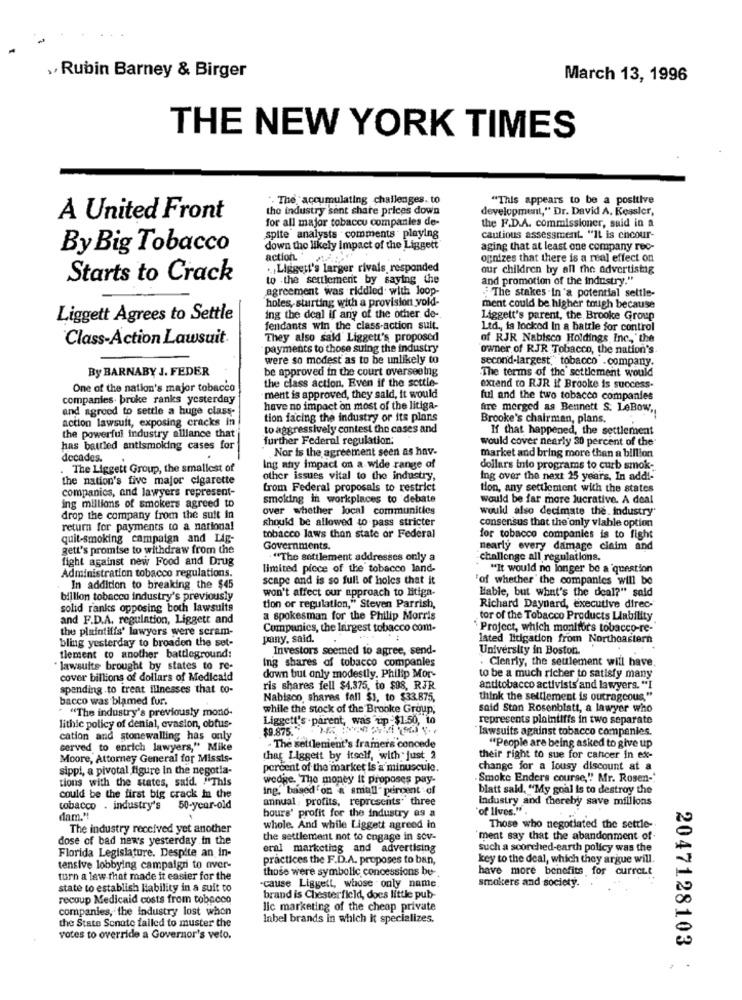
, Rubin Barney & Birger
March 13, 1996
THE NEW YORK TIMES
. The accumulating challenges. to
"This appears to be a positive
the industry sont share prices down
development," Dr. David A, Kessler,
A United Front
for all major tobaccu companies de-
the F.D.A. commissioner, said in a
spite analysts comments playing
cautious assessment. "IL is chcour-
By Big Tobacco
down the likely impact of the Liggett
aging that at least one company rec-
action.
ognizes that there is a real effect on
.Liggett's larger rivals, responded
our children by all the advertising
Starts to Crack
to the settlement by saying the
and promotion of the industry."
agreement was riddled with loop-
."The stakes in "a potential settle-
holes, starting with a provision vold-
ment could be higher tough because
Liggett Agrees to Settle
ing the deal if any of the other do-
Liggett's parent, the Brooke Group
fendants win the class-action suit.
Ltd ., fa locked In a battle for control
Class-Action Lawsuit.
They also said Liggett's proposed
of RJR Nabisco Holdings Inc ., " the
payments to those suing the industry
owner of RJR Tobacco, the nation's.
were so modest as to be unlikely to
second-largest," tobacco . company.
By BARNABY J. FEDER
be approved in the court overseeing
the class action, Even if the settle-
The terms of the settlement would
One of the nation's major tobacco
-ment is approved, they sald, it would
extend to RJR if Brooke is success-
companies. bruke ranks yesterday
ful and the two tobacco companies
and agrood to settle a huge class-
have no impact on most of the litiga-
fire merged as Bennett S. LeBow ,,
action lawsuit, exposing cracks in
tion facing the industry or its plans
Brooke's chairman, plans.
to aggressively contest the cases and
If that happened, the settlement
the powerful industry alllance that'
further Federal regulation:
would cover nearly 30 percent of the
has battled antismoking cases for
Nor is the agreement seen as hav-
decades.
market and bring more than a billion
. The Liggett Group, the smallest of
Ing any impact on a wide range of
dollars inio programs to curb smok-
the nation's five major cigarette
other issues vital to the industry,
ing over the next 25 years, In add !-
companies, and lawyers represent-
from Federal proposals to restrict
tion, any settlement with the states
smoking in workplaces to debate
would be far more lucrative. A deal
ing millions of smokers agreed to
over whether local communities
would also decimate the. industry
drop the company from the suit in
should be allowed to pass stricter
consensus that the only viable option
return for payments to a national
quit-smoking campaign and Lig-
tobacco laws than state or Federal
for tobacco companies is to fight
gett's promise to withdraw from the
Governments.
nearly every damage claim and
fight against new Food and Drug
"The settlement addresses only a
challenge all regulations.
Administration tobacco regulations.
limited piece of the tobacco land-
"It would no longer be a question
scape and is so full of holes that it
of whether the companies will be
In addition to breaking the $45
won't affect our approach to litiga-
Hable, but what's the deal?" said
billion tobacco industry's previously
solid ranks opposing both lawsuits
tion or regulation," Steven Parrish,
Richard Daynard, executive direc-
and F.D.A. regulation, Liggett and
a spokesman for the Philip Morris
tor of the Tobacco Products Liability
the plaintiffs' lawyers were scram-
Companies, the largest tobacco com-
Project, which monitors tobacco-re-
bling yesterday to broaden the set-
pany, said.
lated litigation from Northeastern
Investors seemed to agree, send-
University in Boston.
tlement to another battleground:
Ing shares of tobacco companies
Clearly, the seulement will have.
lawsuits brought by states to re-
cover billions of dollars of Medicald
down but only modestly. Philip Mor-
to be a much richer to satisfy many
spending to treat illnesses that to-
ris shares fell $4.375, to $98, RJR
antitobacco activists and lawyers. "I
bacco was blamed fur.
Nabisco shares fall $1, to $33.875,
think the settlement is outrageous."
* "The industry's previously mono-
while the stock of the Brooke Group,
said Ston Rosenblatt, a lawyer who
Liggett's . parent, was up -$1:50, to
represents plaintiffs in two separate
lithic policy of denial, evasion, obfus-
$9.875."
"lawsuits against tobacco companies.
cation and stonewalling has only
served to enrich lawyers," Mike
- The settlenient's framers concede
"People are being asked to give up
Moore, Attorney General for Missis-
thar Liggett by itself, with just 2
their right to sue for cancer in ex-
sippi, a pivotal figure in the negotia-
percent of the market is a minuscule.
change for a lousy discount at a
tions with the states, said. "This
wedge. The money it proposes pay-
Smoke Enders course," Mr. Rosen-
Ing." based on a' small" percent of
blatt said, "My goal is to destroy the
could be the first big crack in the
annual : profits, represents three
Industry and thereby save millions
tobacco . industry's
50-year-old
"of lives.".
dam."
hours' profit for the industry as a
The industry received yet another
whole. And while Liggett agreed in
Those who negotiated the settle-
dose of bad news yesterday in the
the settlement not to engage in sov-
'ment say that the abandonment of.
Florida Legislature. Despite an in-
eral marketing and advertising
such a scorched-earth policy was the
practices the F.D.A. proposes to ban,
key to the deal, which they argue will.
tensive lobbying campaign to over-
those were symbolic concessions be-
have more benefits for current
turn a law that made it easier for the
state to establish liability in a suit to
cause Liggett, whose only name.
smokers and society.
recoup Medicaid costs from tobacco
brand is Chesterfield, does little pub-
companies, the Industry lost when
lic marketing of the cheap private
the State Senate failed to muster the
Inbel brands in which it specializes.
votes to override a Governor's veto.
2047128103